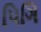
પિગિ